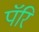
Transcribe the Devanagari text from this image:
पॅरि